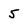
Character: 5